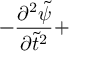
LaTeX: - \displaystyle \frac { \partial ^ { 2 } { \tilde { \psi } } } { \partial { \tilde { t } } ^ { 2 } } +